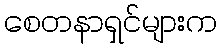
စေတနာရှင်များက